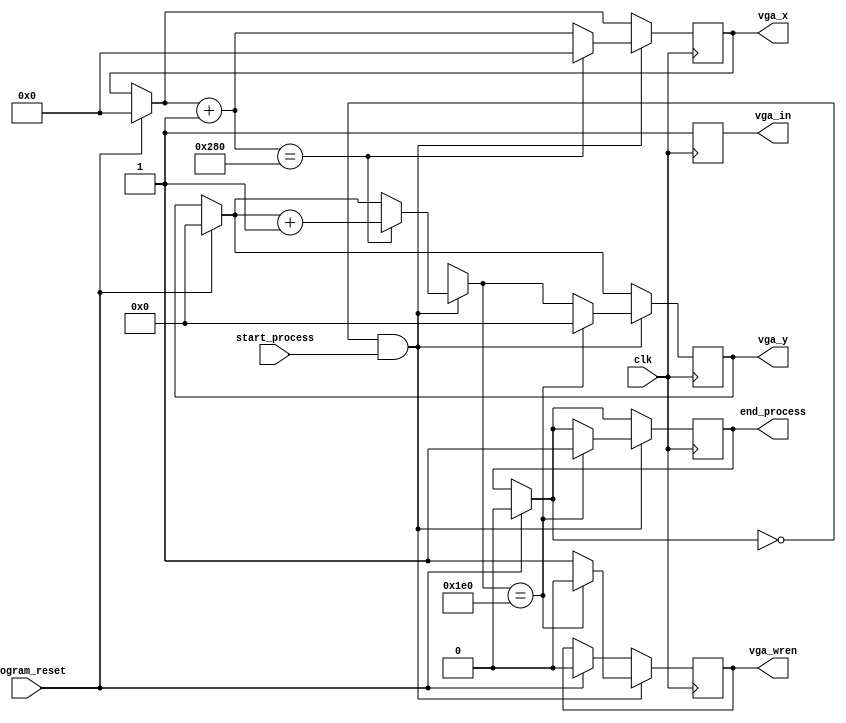
`timescale 1ns/1ns

module clearScreen(
		input clk, program_reset,
		input start_process, 
		output reg end_process,
		
		output reg [9:0] vga_x,
		output reg [8:0] vga_y,
		output reg vga_in, 
		output reg vga_wren
	);
	
	always @(posedge clk) begin
		vga_in = 1;
		
		if (program_reset) begin
			end_process = 0;
			vga_wren = 0;
			vga_x = 0;
			vga_y = 0;
		end
		
		if (~end_process & start_process) begin
			vga_wren = 1;
			vga_x = vga_x + 1;
			if (vga_x == 640) begin
				vga_x = 0;
				vga_y = vga_y + 1;
			end
			
			if (vga_y == 480) begin
				vga_y = 0;
				vga_wren = 0;
				end_process = 1;
			end
		end
		
	end
endmodule